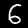
Label: 6